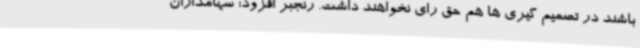
باشند در تصمیم گیری ها هم حق رای نخواهند داشت. رنجبر افزود: سهامداران